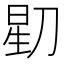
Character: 𬀶